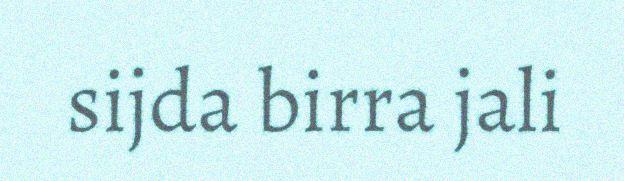
sijda birra jali